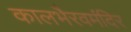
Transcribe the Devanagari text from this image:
कालभैरवमंदिर